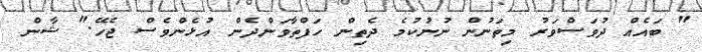
" ބައެއް ދުވަސްވަރު މިތަނުން ނުނުކުމެ ދެތިން ހަފްތާވަންދެން އުޅެންވެސް ޖެހޭ." ޝާން